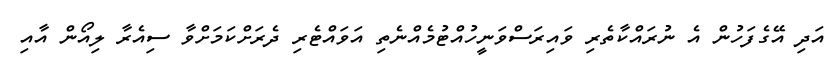
އަދި އޭގެފަހުން އެ ނުރައްކާތެރި ވައިރަސްވަނީހުއްޓުމެއްނެތި އަވައްޓެރި ދެރަށްކަމަށްވާ ސިއެރާ ލިއޯން އާއި